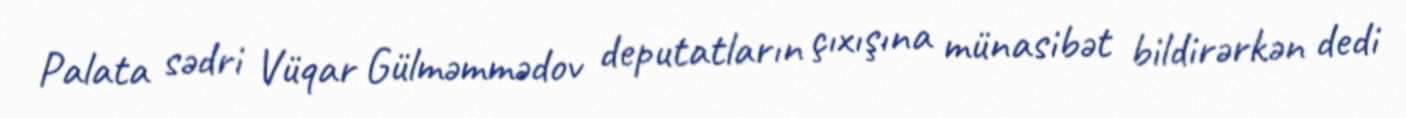
Palata sədri Vüqar Gülməmmədov deputatların çıxışına münasibət bildirərkən dedi